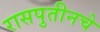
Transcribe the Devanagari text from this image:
रासपुतीनचे